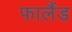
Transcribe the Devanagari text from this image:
फालैंड